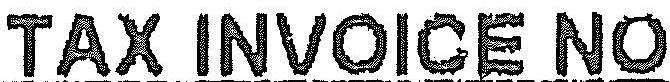
TAX INVOICE NO